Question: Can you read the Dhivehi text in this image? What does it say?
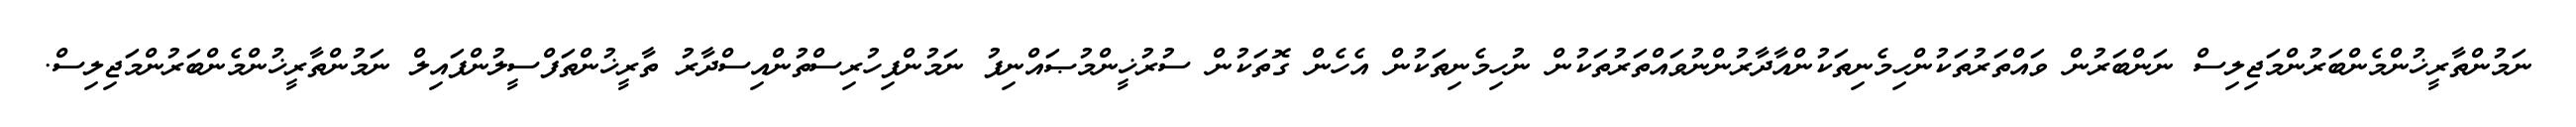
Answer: ނަމުންތާރީޚުންމެންބަރުންމަޖިލިސް ނަންބަރުން ވައްތަރުތަކުންހިމެނިތަކުންއާދާރުންނުވައްތަރުތަކުން ނުހިމެނިތަކުން އެހެން ގޮތަކުން ސުރުޚީންމުޞައްނިފު ނަމުންފިހުރިސްތުންއިސްދާރު ތާރީޚުންތަފްސީލުންފައިލް ނަމުންތާރީޚުންމެންބަރުންމަޖިލިސް.